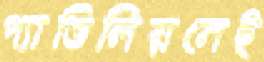
প্যাভিলিয়নেই